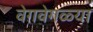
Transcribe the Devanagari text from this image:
वेग़वेगळ्या